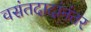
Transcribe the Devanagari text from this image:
वसंतदादांनंतर